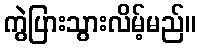
ကွဲပြားသွားလိမ့်မည်။